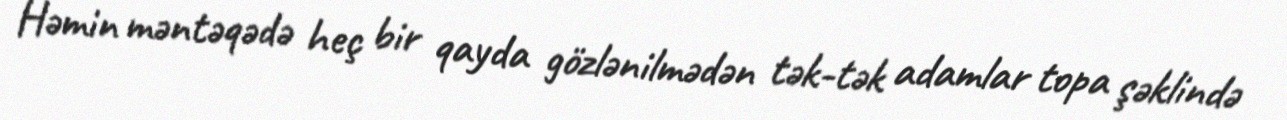
Həmin məntəqədə heç bir qayda gözlənilmədən tək-tək adamlar topa şəklində